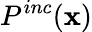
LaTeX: P^{inc}(\textbf{x})